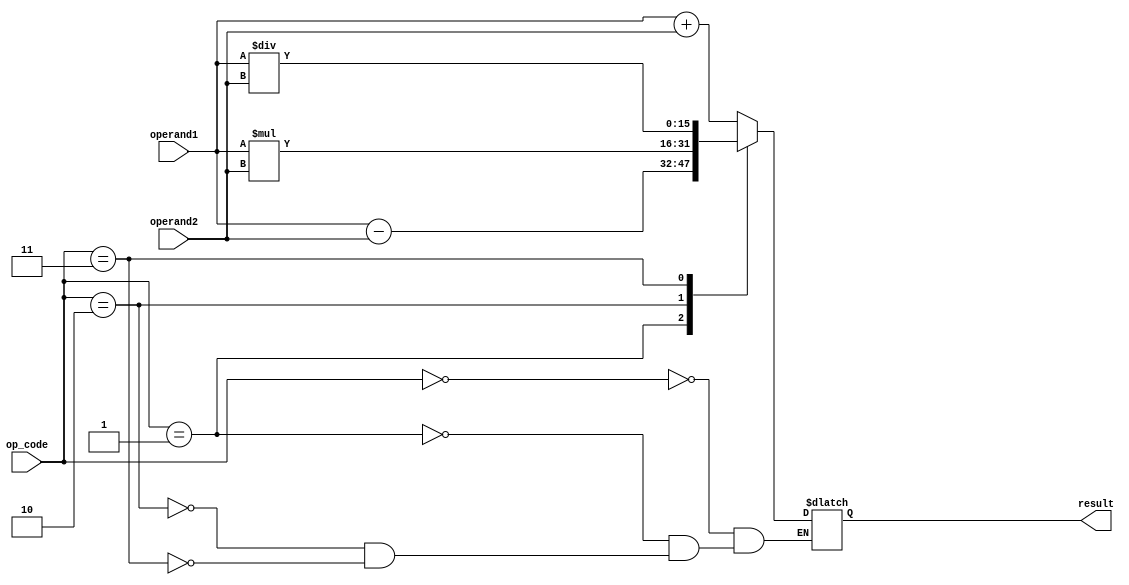
module fixed_point_arithmetic_unit (
    input signed [15:0] operand1, // Input operand 1
    input signed [15:0] operand2, // Input operand 2
    input [3:0] op_code, // Operation code: 0 for addition, 1 for subtraction, 2 for multiplication, 3 for division
    output reg signed [15:0] result // Output result
);

always @*
begin
    case (op_code)
        0: // Addition
            result = operand1 + operand2;
        1: // Subtraction
            result = operand1 - operand2;
        2: // Multiplication
            result = operand1 * operand2;
        3: // Division
            result = operand1 / operand2;
    endcase
end

endmodule